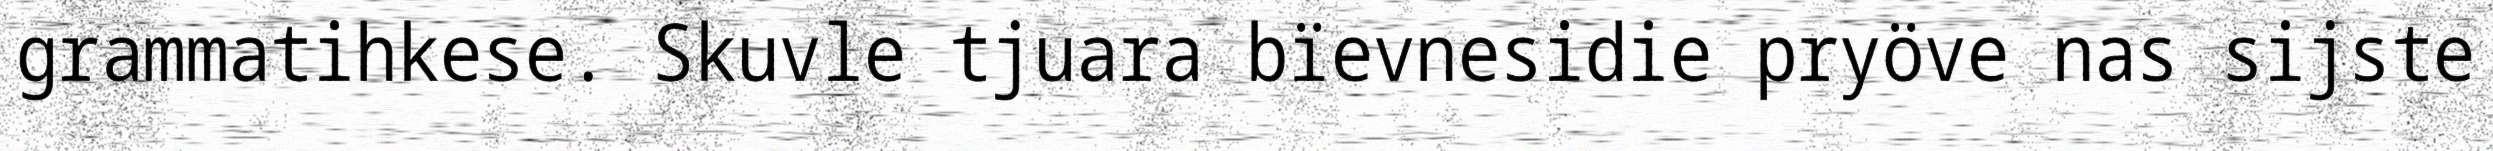
grammatihkese. Skuvle tjuara bïevnesidie pryöve nas sijste